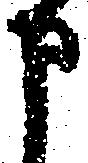
申